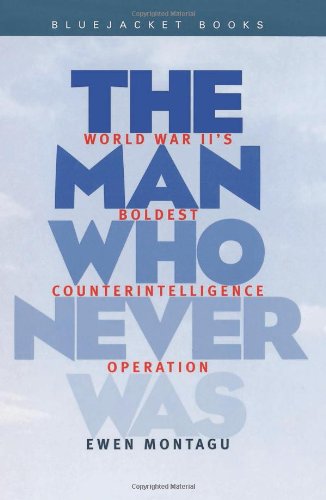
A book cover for Man Who Never Was: World War II's Boldest Counterintelligence Operation (Bluejacket Books); Ewen Montagu; History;